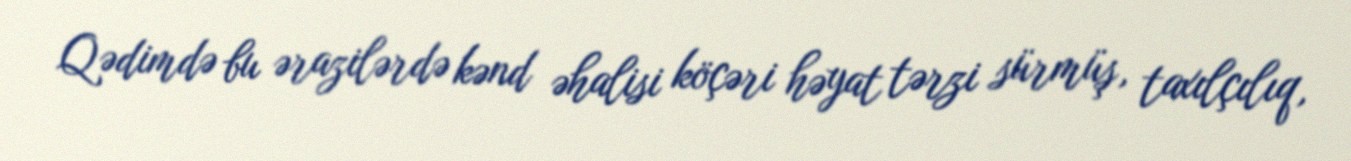
Qədimdə bu ərazilərdə kənd əhalisi köçəri həyat tərzi sürmüş, taxılçılıq,